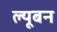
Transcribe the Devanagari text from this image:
ल्यूबन